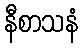
နီစာသနံ